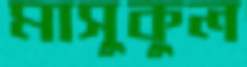
মাসুকুল